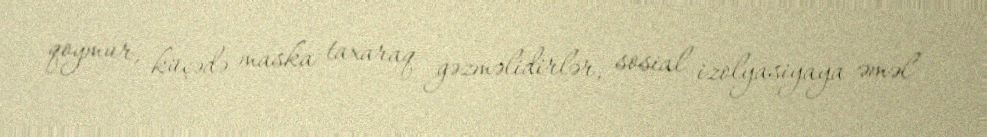
qoymur, küçədə maska taxaraq gəzməlidirlər, sosial izolyasiyaya əməl